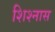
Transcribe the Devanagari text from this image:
शिश्नास